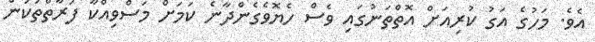
އެވެ. މަހުގެ އަގު ކުރިއަށް އޮތްތަނުގައި ވެސް ހެޔޮވެގެންދާނެ ކަމަށް މަސްވިއްކާ ފަރާތްތަކުން